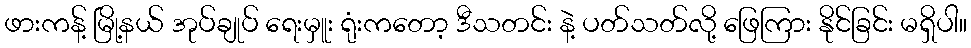
ဖားကန့် မြို့နယ် အုပ်ချုပ် ရေးမှူး ရုံးကတော့ ဒီသတင်း နဲ့ ပတ်သတ်လို့ ဖြေကြား နိုင်ခြင်း မရှိပါ။